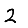
Digit: 2